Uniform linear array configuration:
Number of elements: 24
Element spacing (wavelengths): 0.5
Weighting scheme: hann
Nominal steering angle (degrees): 30
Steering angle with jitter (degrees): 28.17
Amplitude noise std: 0.05
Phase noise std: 0.05

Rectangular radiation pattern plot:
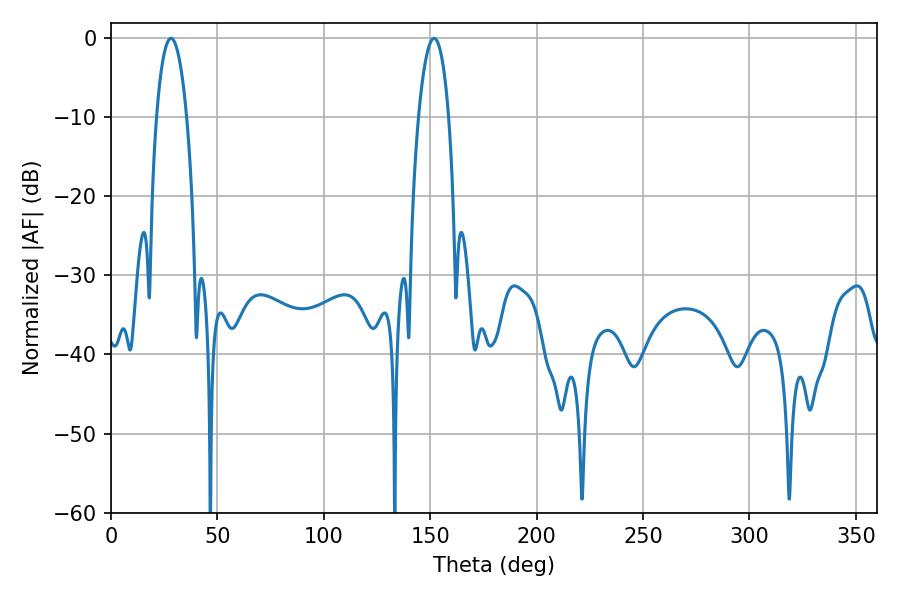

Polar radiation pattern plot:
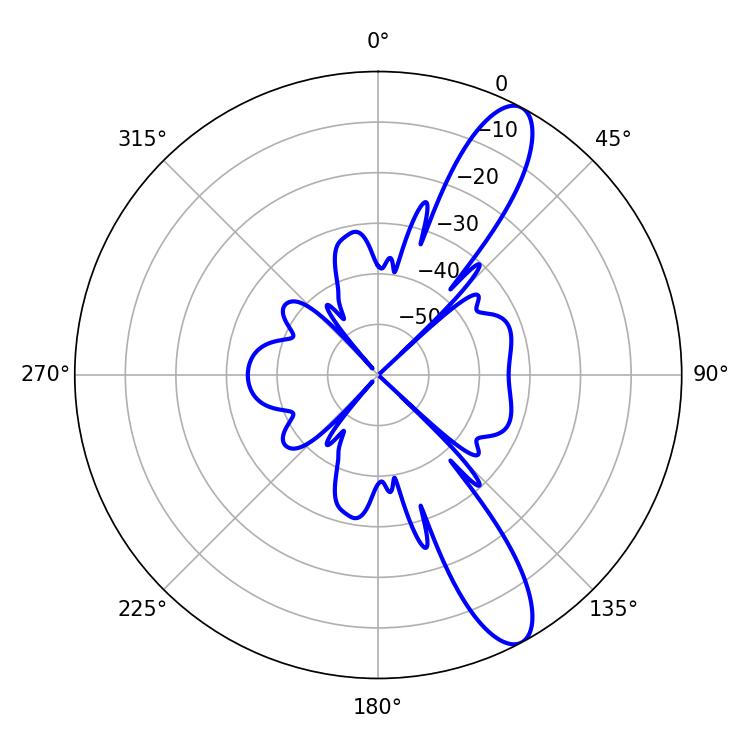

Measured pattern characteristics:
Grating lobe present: FALSE
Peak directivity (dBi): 11.545
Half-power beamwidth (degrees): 7.92
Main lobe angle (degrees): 28.26